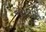
જયવતી